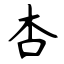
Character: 杏